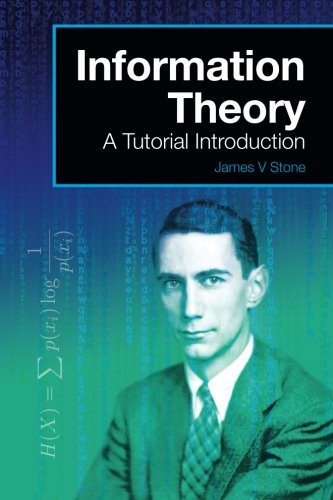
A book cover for Information Theory: A Tutorial Introduction; James V Stone; Computers & Technology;